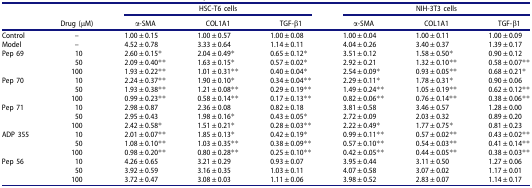
<table><thead><tr><td><b> </b></td><td><b> </b></td><td colspan="3"><b>HSC-T6 cells</b></td><td colspan="3"><b>NIH-3T3 cells</b></td></tr><tr><td><b> </b></td><td><b>Drug (μM)</b></td><td><b>α-SMA</b></td><td><b>COL1A1</b></td><td><b>TGF-β1</b></td><td><b>α-SMA</b></td><td><b>COL1A1</b></td><td><b>TGF-β1</b></td></tr></thead><tbody><tr><td>Control</td><td>–</td><td>1.00 ± 0.15</td><td>1.00 ± 0.57</td><td>1.00 ± 0.08</td><td>1.00 ± 0.04</td><td>1.00 ± 0.11</td><td>1.00 ± 0.09</td></tr><tr><td>Model</td><td>–</td><td>4.52 ± 0.78</td><td>3.33 ± 0.64</td><td>1.14 ± 0.11</td><td>4.04 ± 0.26</td><td>3.40 ± 0.37</td><td>1.39 ± 0.17</td></tr><tr><td>Pep 69</td><td>10</td><td>2.60 ± 0.15*</td><td>2.04 ± 0.49*</td><td>0.65 ± 0.12*</td><td>3.51 ± 0.12</td><td>1.58 ± 0.50*</td><td>0.90 ± 0.12</td></tr><tr><td> </td><td>50</td><td>2.09 ± 0.40**</td><td>1.63 ± 0.15*</td><td>0.57 ± 0.02*</td><td>2.92 ± 0.21</td><td>1.32 ± 0.10**</td><td>0.58 ± 0.07**</td></tr><tr><td> </td><td>100</td><td>1.93 ± 0.22**</td><td>1.01 ± 0.31**</td><td>0.40 ± 0.04*</td><td>2.54 ± 0.09*</td><td>0.93 ± 0.05**</td><td>0.68 ± 0.21*</td></tr><tr><td>Pep 70</td><td>10</td><td>2.24 ± 0.37**</td><td>1.90 ± 0.10*</td><td>0.34 ± 0.04**</td><td>2.29 ± 0.11*</td><td>1.78 ± 0.31*</td><td>0.90 ± 0.06</td></tr><tr><td> </td><td>50</td><td>1.93 ± 0.38**</td><td>1.21 ± 0.08**</td><td>0.29 ± 0.19**</td><td>1.49 ± 0.24**</td><td>1.05 ± 0.19**</td><td>0.62 ± 0.12**</td></tr><tr><td> </td><td>100</td><td>0.99 ± 0.23**</td><td>0.58 ± 0.14**</td><td>0.17 ± 0.13**</td><td>0.82 ± 0.06**</td><td>0.76 ± 0.14**</td><td>0.38 ± 0.06**</td></tr><tr><td>Pep 71</td><td>10</td><td>2.98 ± 0.87</td><td>2.36 ± 0.08</td><td>0.82 ± 0.18</td><td>3.81 ± 0.58</td><td>3.46 ± 0.57</td><td>1.28 ± 0.00</td></tr><tr><td> </td><td>50</td><td>2.95 ± 0.43</td><td>1.98 ± 0.16*</td><td>0.43 ± 0.05*</td><td>2.72 ± 0.09</td><td>2.03 ± 0.32</td><td>0.89 ± 0.20</td></tr><tr><td> </td><td>100</td><td>2.42 ± 0.58*</td><td>1.51 ± 0.21*</td><td>0.28 ± 0.03**</td><td>2.22 ± 0.49*</td><td>1.77 ± 0.75*</td><td>0.81 ± 0.23</td></tr><tr><td>ADP 355</td><td>10</td><td>2.01 ± 0.07**</td><td>1.85 ± 0.13*</td><td>0.42 ± 0.19*</td><td>0.99 ± 0.11**</td><td>0.57 ± 0.02**</td><td>0.43 ± 0.02**</td></tr><tr><td> </td><td>50</td><td>1.08 ± 0.10**</td><td>1.03 ± 0.35**</td><td>0.38 ± 0.09**</td><td>0.57 ± 0.10**</td><td>0.54 ± 0.03**</td><td>0.41 ± 0.14**</td></tr><tr><td> </td><td>100</td><td>0.98 ± 0.20**</td><td>0.80 ± 0.28**</td><td>0.25 ± 0.10**</td><td>0.42 ± 0.05**</td><td>0.44 ± 0.05**</td><td>0.38 ± 0.03**</td></tr><tr><td>Pep 56</td><td>10</td><td>4.26 ± 0.65</td><td>3.21 ± 0.29</td><td>0.93 ± 0.07</td><td>3.95 ± 0.44</td><td>3.11 ± 0.50</td><td>1.27 ± 0.06</td></tr><tr><td> </td><td>50</td><td>3.92 ± 0.59</td><td>3.16 ± 0.35</td><td>1.03 ± 0.11</td><td>4.07 ± 0.58</td><td>3.07 ± 0.02</td><td>1.17 ± 0.01</td></tr><tr><td> </td><td>100</td><td>3.72 ± 0.47</td><td>3.08 ± 0.03</td><td>1.11 ± 0.06</td><td>3.98 ± 0.52</td><td>2.83 ± 0.07</td><td>1.14 ± 0.17</td></tr></tbody></table>